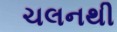
ચલનથી